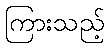
ကြားသည့်